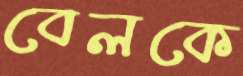
বেলকে